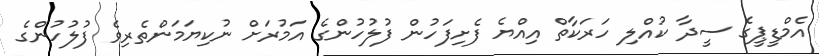
އެމްޑީޕީގެ ސީދާ ކުއްލި ހަރަކާތް އިއްޔެ ފެށިފަހުން ފުލުުހުންގެ އަމުރަށް ނުކިޔަމަންތެރިވެ ފުލުހުންގެ